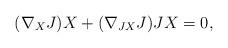
LaTeX: \begin{align*} (\nabla_X J)X+(\nabla_{JX} J)JX=0,\end{align*}